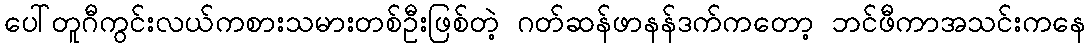
ပေါ်တူဂီကွင်းလယ်ကစားသမားတစ်ဦးဖြစ်တဲ့ ဂတ်ဆန်ဖာနန်ဒက်ကတော့ ဘင်ဖီကာအသင်းကနေ